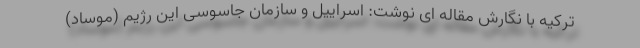
ترکیه با نگارش مقاله ای نوشت: اسراییل و سازمان جاسوسی این رژیم (موساد)